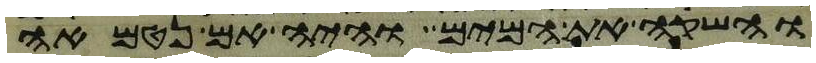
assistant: והשקה את המים והיה אם נטמאה